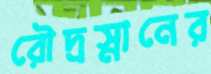
রৌদ্রস্নানের